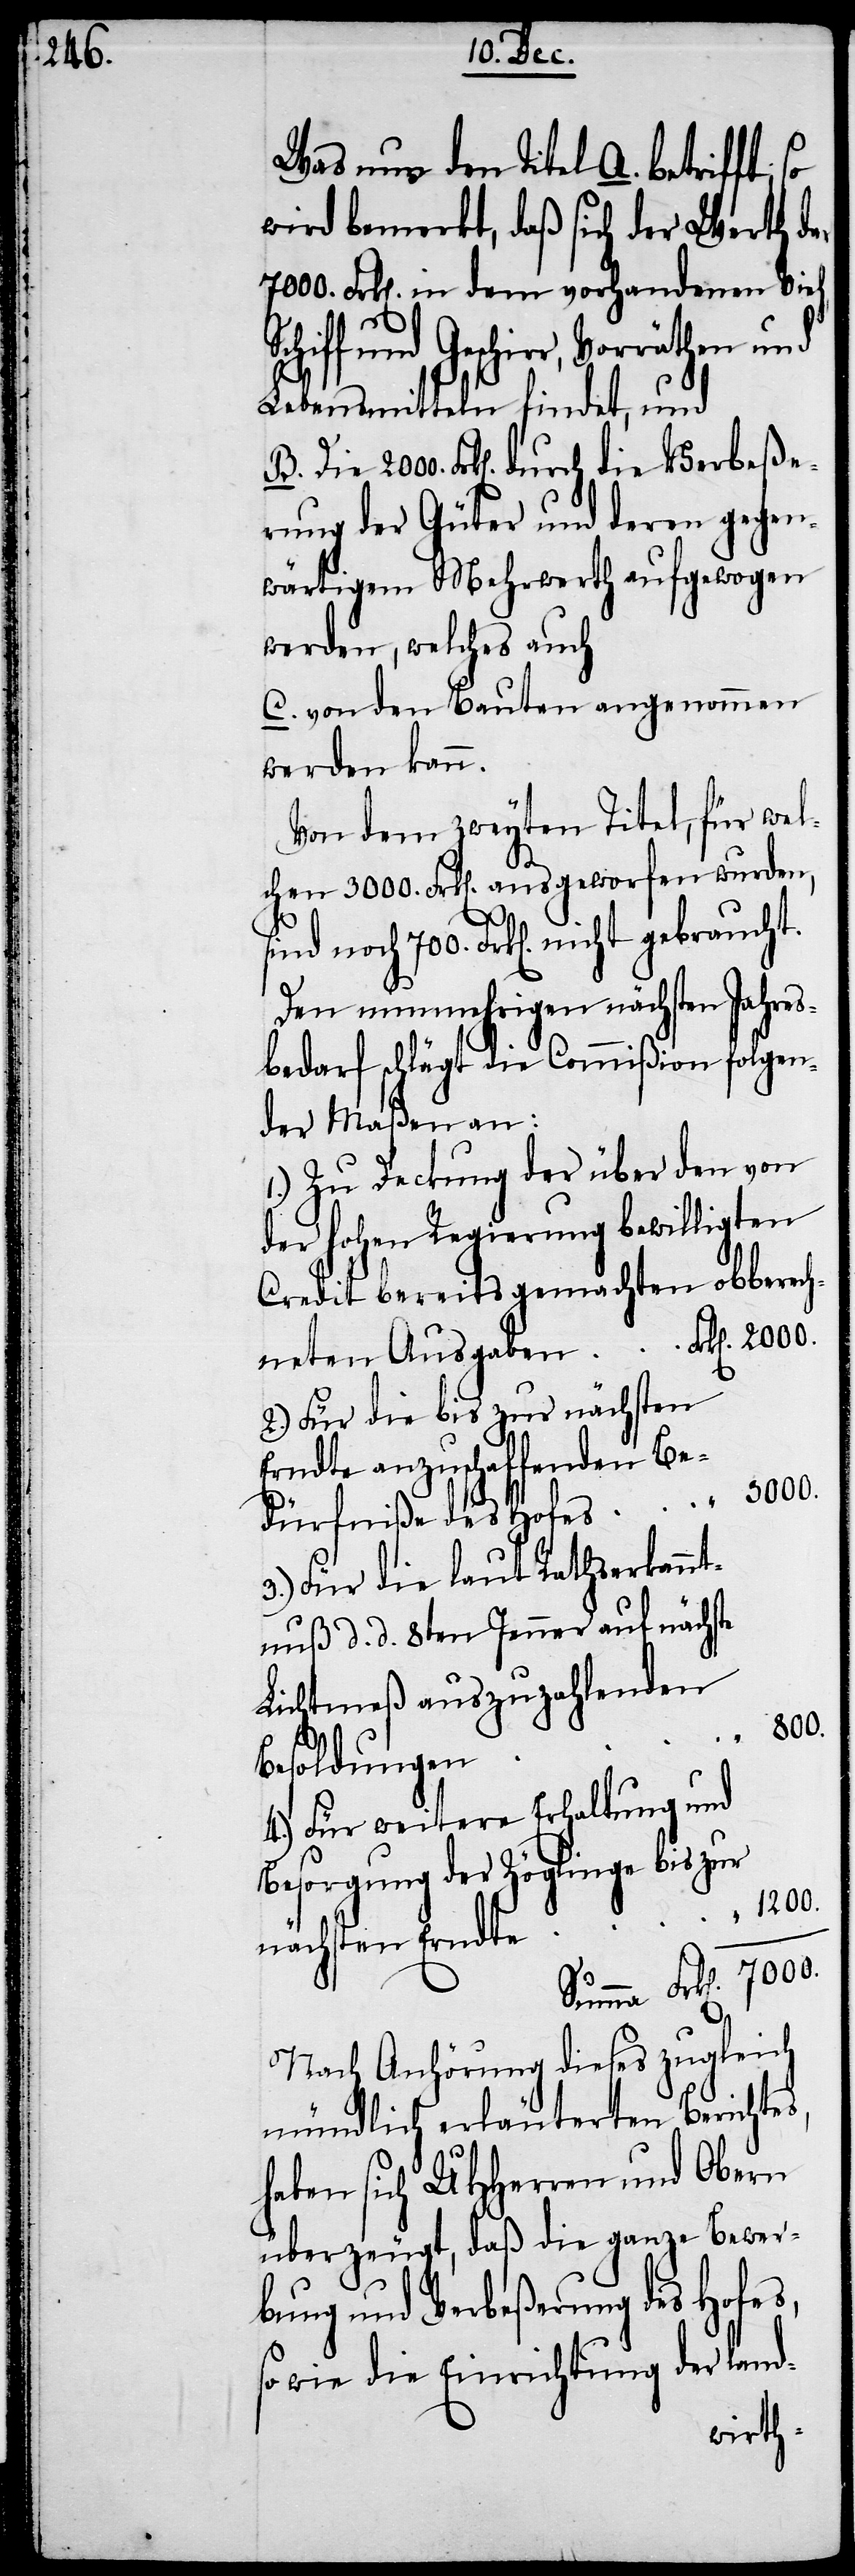
Was nun den Titel A. betrifft, so
wird bemerkt, daß sich der Werth der
7000. Frk[en]. in dem vorhandenen Vieh,
und Geschirr, Vorräthen und
Lebensmitteln findet, und
Frk[en]. durch die Verbeße¬
rung der Güter und deren gegen¬
wärtigem Mehrwerth aufgewogen
werden, welches auch
C. von den Bauten angenommen
werden kann.
Von dem zweyten Titel, für wel¬
chen 3000. Frk[en]. ausgeworfen wurden,
sind noch 700. Frk[en]. nicht
Den nunmehrigen nächsten Jahres¬
bedarf schlägt die Commißion folgen¬
der Maßen an:
1.) Zu Deckung der über den von
der hohen Regierung bewilligten
Credit bereits gemachten obberech¬
2.) Für die bis zur nächsten
Erndte anzuschaffenden Be¬
3000.
dürfniße des Hofes
3.) Für die laut Rathserkannt¬
nuß d. d. 8ten Jenner auf nächste
Lichtmeß auszuzahlenden
7000.
neten
Besoldungen
4.) Für weitere Erhaltung und
Besorgung der Zöglinge bis zur
s,
nächsten Erndte
Nach Anhörung dieses zugleich
mündlich erläuterten Berichte¬
haben sich UHHerren und Obern
überzeugt, daß die ganze Bewer¬
bung und Verbeßerung des Hofes,
so wie die Einrichtung der land-